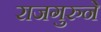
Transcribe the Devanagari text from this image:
राजगुरुने